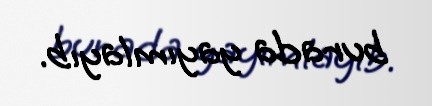
burada yayımlayıb.